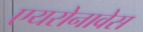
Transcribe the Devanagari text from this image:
एयरोनावेस